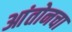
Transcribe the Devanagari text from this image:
आंतोनचा